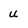
Character: u